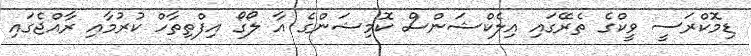
ޑިމޮކްރަސީ ވީކްގެ ތެރޭގައި އިލެކްޝަންސް ކޮމިޝަންގެ އާ ލޯގޯ އިފްތިތާހް ކުރުމާއި ރާއްޖެގައި